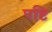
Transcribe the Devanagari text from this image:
पष्टि